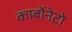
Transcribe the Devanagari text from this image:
कार्बोनेटो